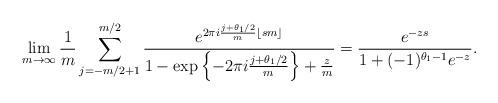
LaTeX: \begin{align*} \lim_{m \to \infty} \frac{1}{m} \sum_{ j = -m/2+1}^{m/2} \frac{ e^{ 2 \pi i \frac{ j + \theta_1/2}{m} \lfloor sm \rfloor } }{1 - \exp \left\{ - 2 \pi i \frac{ j + \theta_1/2}{m} \right\} + \frac{z}{m} } = \frac{ e^{ - z s } }{ 1 + (-1)^{\theta_1 - 1} e^{-z} }.\end{align*}